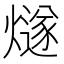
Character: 燧